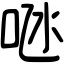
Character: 𠱁